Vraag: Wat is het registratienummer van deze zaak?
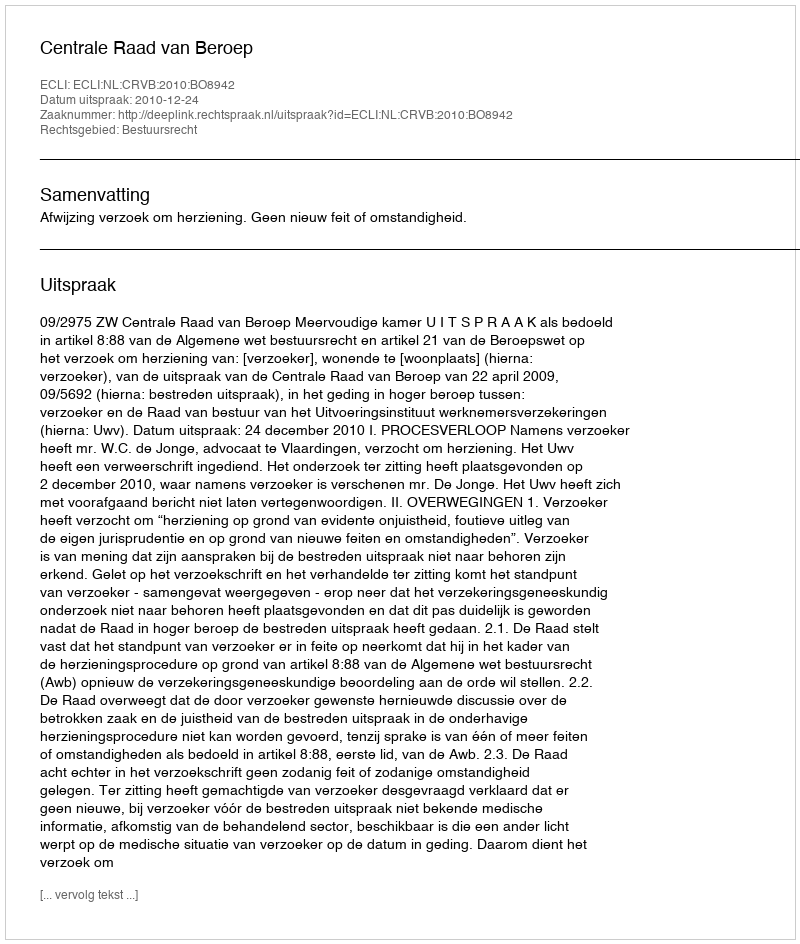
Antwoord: http://deeplink.rechtspraak.nl/uitspraak?id=ECLI:NL:CRVB:2010:BO8942